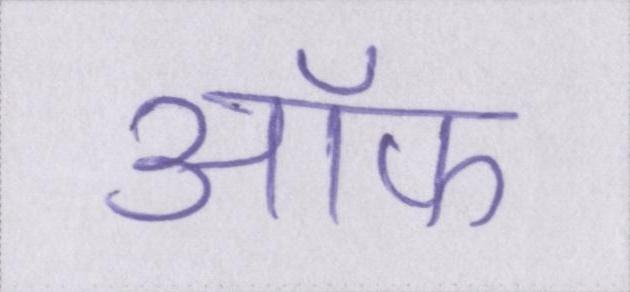
ऑफ